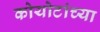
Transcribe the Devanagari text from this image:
कोयोटांच्या